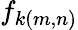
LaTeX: f_{k(m,n)}